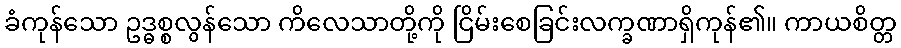
ခံကုန်သော ဥဒ္ဓစ္စလွန်သော ကိလေသာတို့ကို ငြိမ်းစေခြင်းလက္ခဏာရှိကုန်၏။ ကာယစိတ္တ